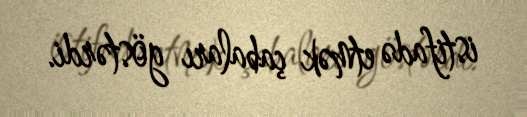
istifadə etmək çabaları göstərdi.